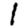
Digit: 1